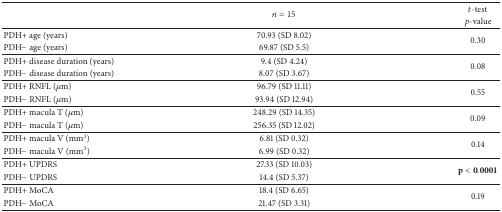
<table><thead><tr><td><b> </b></td><td rowspan="2"><b><i>n</i> = 15</b></td><td><b><i>t</i>-test</b></td></tr><tr><td><b> </b></td><td><b><i>p</i>-value</b></td></tr></thead><tbody><tr><td>PDH+ age (years)</td><td>70.93 (SD 8.02)</td><td rowspan="2">0.30</td></tr><tr><td>PDH− age (years)</td><td>69.87 (SD 5.5)</td></tr><tr><td>PDH+ disease duration (years)</td><td>9.4 (SD 4.24)</td><td rowspan="2">0.08</td></tr><tr><td>PDH− disease duration (years)</td><td>8.07 (SD 3.67)</td></tr><tr><td>PDH+ RNFL (<i>μ</i>m)</td><td>96.79 (SD 11.11)</td><td rowspan="2">0.55</td></tr><tr><td>PDH− RNFL (<i>μ</i>m)</td><td>93.94 (SD 12.94)</td></tr><tr><td>PDH+ macula T (<i>μ</i>m)</td><td>248.29 (SD 14.35)</td><td rowspan="2">0.09</td></tr><tr><td>PDH− macula T (<i>μ</i>m)</td><td>256.35 (SD 12.02)</td></tr><tr><td>PDH+ macula V (mm<sup>3</sup>)</td><td>6.81 (SD 0.32)</td><td rowspan="2">0.14</td></tr><tr><td>PDH− macula V (mm<sup>3</sup>)</td><td>6.99 (SD 0.32)</td></tr><tr><td>PDH+ UPDRS</td><td>27.33 (SD 10.03)</td><td rowspan="2"><b>p</b> &lt; 0.0001</td></tr><tr><td>PDH− UPDRS</td><td>14.4 (SD 5.37)</td></tr><tr><td>PDH+ MoCA</td><td>18.4 (SD 6.65)</td><td rowspan="2">0.19</td></tr><tr><td>PDH− MoCA</td><td>21.47 (SD 3.31)</td></tr></tbody></table>